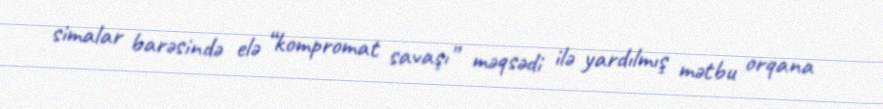
simalar barəsində elə “kompromat savaşı” məqsədi ilə yardılmış mətbu orqana